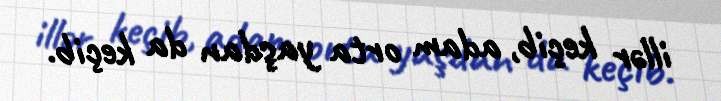
illər keçib, adam orta yaşdan da keçib.